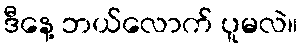
ဒီနေ့ ဘယ်လောက် ပူမလဲ။